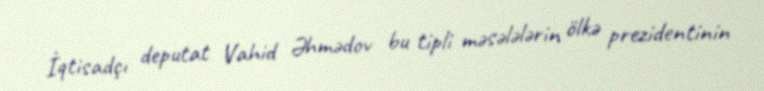
İqtisadçı deputat Vahid Əhmədov bu tipli məsələlərin ölkə prezidentinin